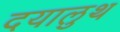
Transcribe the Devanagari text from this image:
दयालुथ